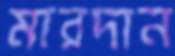
মারদান